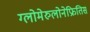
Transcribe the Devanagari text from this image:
ग्लोमेरुलोनेफ्रितिस